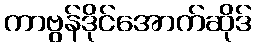
ကာဗွန်ဒိုင်အောက်ဆိုဒ်